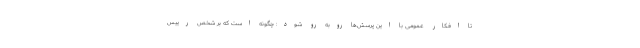
تا افکار عمومی با این پرسش‌ها روبه رو شود: چگونه است که بر شخص رییس